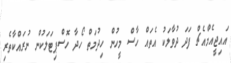
އައިޖީއެމްއެޗް ފަދަ ދުވާލަކު އެތައް ހާސް މީހުން ހިދުމަތް ހޯދާ ހޮސްޕިޓަލަކުން ނުރައްކާތެރި